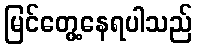
မြင်တွေ့နေရပါသည်